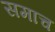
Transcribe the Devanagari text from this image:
समाच